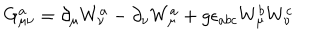
LaTeX: G _ { \mu \nu } ^ { a } = \partial _ { \mu } W _ { \nu } ^ { a } - \partial _ { \nu } W _ { \mu } ^ { a } + g \epsilon _ { a b c } W _ { \mu } ^ { b } W _ { \nu } ^ { c }